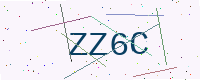
Text: ZZ6C